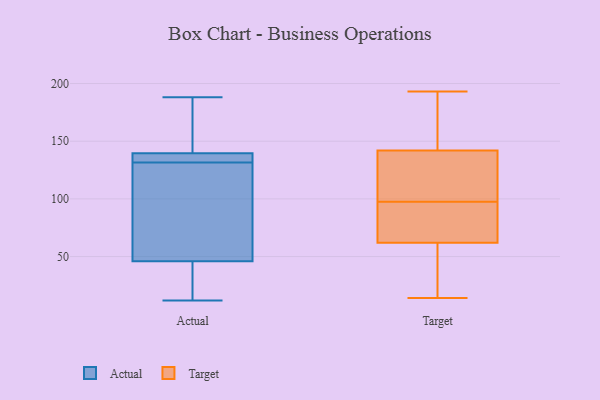
{"axis": {"x": "Shipments", "y": "Value"}, "legend": ["Actual", "Target"], "data": [{"x": "", "y": 133, "type": "Actual"}, {"x": "", "y": 136, "type": "Actual"}, {"x": "", "y": 133, "type": "Actual"}, {"x": "", "y": 58, "type": "Actual"}, {"x": "", "y": 12, "type": "Actual"}, {"x": "", "y": 27, "type": "Actual"}, {"x": "", "y": 34, "type": "Actual"}, {"x": "", "y": 74, "type": "Actual"}, {"x": "", "y": 188, "type": "Actual"}, {"x": "", "y": 130, "type": "Actual"}, {"x": "", "y": 178, "type": "Actual"}, {"x": "", "y": 61, "type": "Actual"}, {"x": "", "y": 139, "type": "Actual"}, {"x": "", "y": 146, "type": "Actual"}, {"x": "", "y": 140, "type": "Actual"}, {"x": "", "y": 19, "type": "Actual"}, {"x": "", "y": 138, "type": "Target"}, {"x": "", "y": 50, "type": "Target"}, {"x": "", "y": 53, "type": "Target"}, {"x": "", "y": 71, "type": "Target"}, {"x": "", "y": 145, "type": "Target"}, {"x": "", "y": 33, "type": "Target"}, {"x": "", "y": 14, "type": "Target"}, {"x": "", "y": 193, "type": "Target"}, {"x": "", "y": 94, "type": "Target"}, {"x": "", "y": 139, "type": "Target"}, {"x": "", "y": 145, "type": "Target"}, {"x": "", "y": 84, "type": "Target"}, {"x": "", "y": 101, "type": "Target"}, {"x": "", "y": 152, "type": "Target"}, {"x": "", "y": 76, "type": "Target"}, {"x": "", "y": 133, "type": "Target"}]}